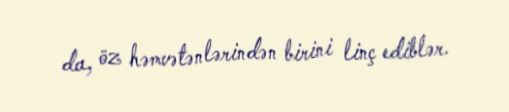
da, öz həmvətənlərindən birini linç ediblər.